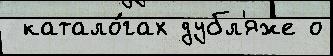
 катало́гах дубл'яже о